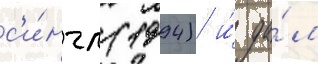
с'и́нгл (1994) и́ да́л